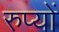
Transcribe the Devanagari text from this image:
रुप्यों